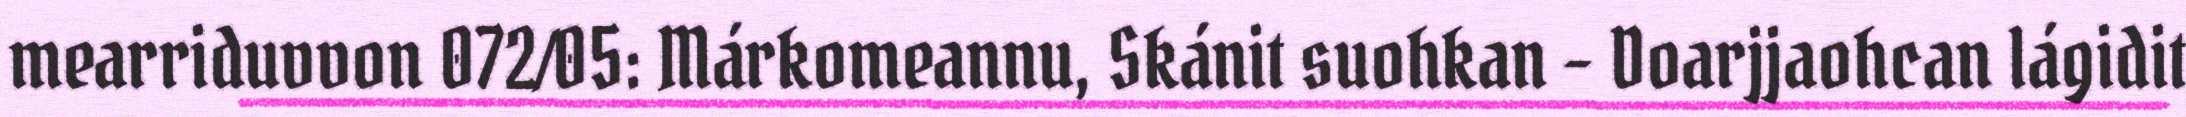
mearriduvvon 072/05: Márkomeannu, Skánit suohkan - Doarjjaohcan lágidit